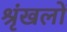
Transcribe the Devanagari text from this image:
श्रृंखलों